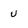
Character: u